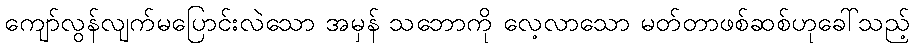
ကျော်လွန်လျက်မပြောင်းလဲသော အမှန် သဘောကို လေ့လာသော မတ်တာဖစ်ဆစ်ဟုခေါ်သည့်